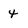
Character: 4